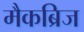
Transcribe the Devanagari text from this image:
मैकब्रिज